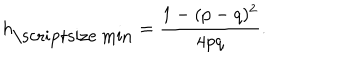
h _ { \mathrm { \scriptsize ~ m i n } } = \frac { 1 - ( p - q ) ^ { 2 } } { 4 p q } .